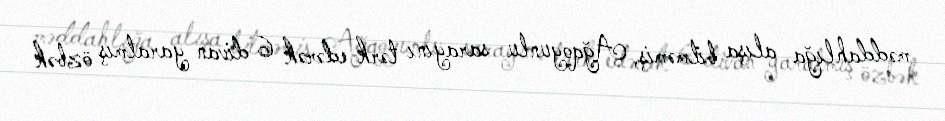
məddahlığa alışa bilməmiş, Ağqoyunlu sarayını tərk edərək 6 divan yaratmış özbək